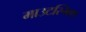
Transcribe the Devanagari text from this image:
माउटस्मिथ